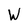
Character: W